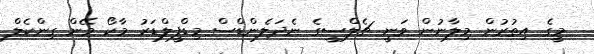
މީގެ އިތުރުން މިލާނުން ވަނީ ޗެލްސީގެ ނެދަލެންޑްސް މިޑްފީލްޑަރު މާކޯ ވޭން ގިންކެލް